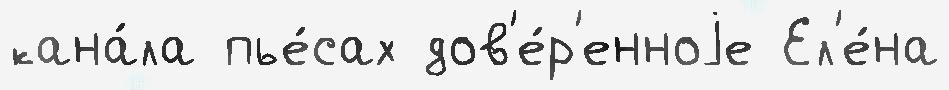
кана́ла пье́сах дов'е́р'енноjе Ел'е́на